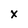
Character: x